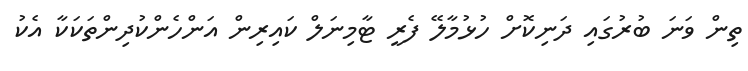
ތިން ވަނަ ބުރުގައި ދަނިކޮށް ހުޅުމާލޭ ފެރީ ޓާމިނަލް ކައިރިން އަންހެންކުދިންތަކަކާ އެކު